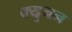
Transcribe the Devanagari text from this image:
क्युनन